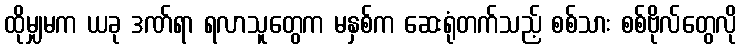
ထိုမျှမက ယခု ဒဏ်ရာ ရလာသူတွေက မနှစ်က ဆေးရုံတက်သည့် စစ်သား စစ်ဗိုလ်တွေလို